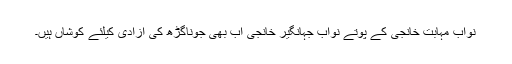
نواب مہابت خانجی کے پوتے نواب جہانگیر خانجی اب بھی جوناگڑھ کی آزادی کیلئے کوشاں ہیں۔